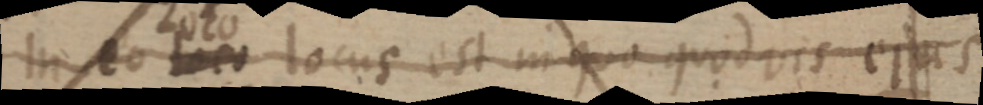
in eo loco locus est in quo quodvis ejus